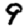
Digit: 9